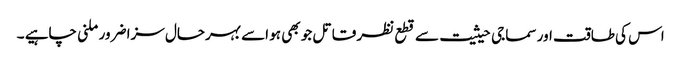
اس کی طاقت اور سماجی حیثیت سے قطع نظر قاتل جو بھی ہو اسے بہرحال سزا ضرور ملنی چاہیے ۔